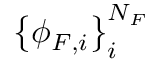
\big \{ \phi _ { F , i } \big \} _ { i } ^ { N _ { F } }